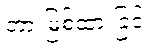
တားမြစ်ထားခြင်း